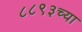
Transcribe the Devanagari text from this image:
८८९३च्या